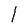
Character: l